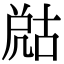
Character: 𡲞